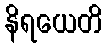
နိရယေတိ